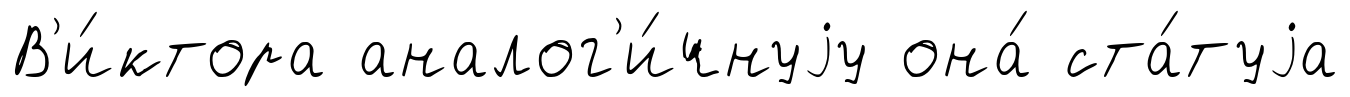
В'и́ктора аналог'и́чнуjу она́ ста́туjа